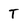
Character: T